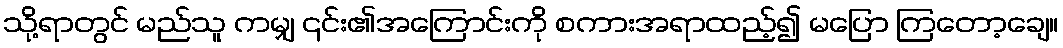
သို့ရာတွင် မည်သူ ကမျှ ၎င်း၏အကြောင်းကို စကားအရာထည့်၍ မပြော ကြတော့ချေ။